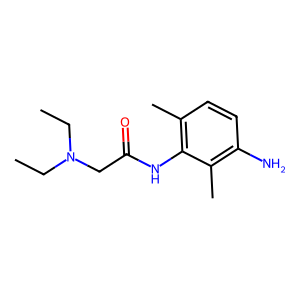
SMILES: CCN(CC)CC(=O)Nc1c(C)ccc(N)c1C
Inhibits HIV replication: No